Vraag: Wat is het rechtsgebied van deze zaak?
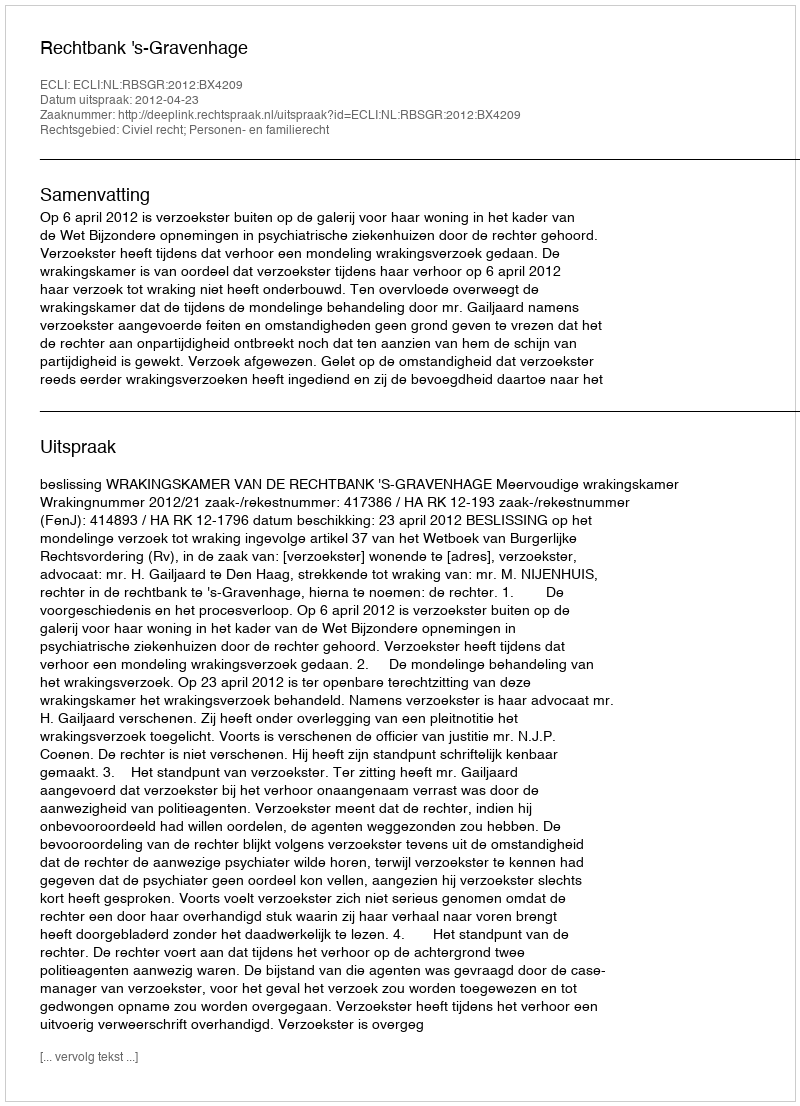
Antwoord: Civiel recht; Personen- en familierecht